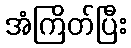
အံကြိတ်ပြီး